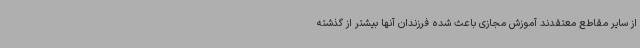
از سایر مقاطع معتقدند آموزش مجازی باعث شده فرزندان آنها بیشتر از گذشته